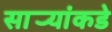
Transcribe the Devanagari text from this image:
सार्‍यांकडे